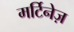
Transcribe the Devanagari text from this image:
मर्टिनेज़